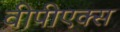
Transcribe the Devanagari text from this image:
वीपीएक्स